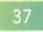
37